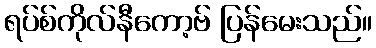
ရပ်စ်ကိုလ်နီကော့ဗ် ပြန်မေးသည်။